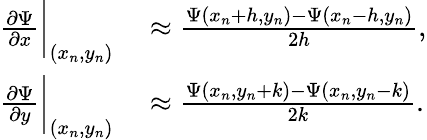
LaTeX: \begin{array}{rl}{\frac{\partial\Psi}{\partial x}\bigg|_{(x_{n},y_{n})}}&{{}\approx\frac{\Psi(x_{n}+h,y_{n})-\Psi(x_{n}-h,y_{n})}{2h},}\\ {\frac{\partial\Psi}{\partial y}\bigg|_{(x_{n},y_{n})}}&{{}\approx\frac{\Psi(x_{n},y_{n}+k)-\Psi(x_{n},y_{n}-k)}{2k}.}\end{array}